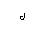
Letter: _lam